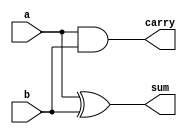
`timescale 1ns / 1ps
//////////////////////////////////////////////////////////////////////////////////
// Company: 
// Engineer: 
// 
// Design Name: 
// Module Name:    half_adder 
// Project Name: 
// Target Devices: 
// Tool versions: 
// Description: 
//
// Dependencies: 
//
// Revision: 
// Revision 0.01 - File Created
// Additional Comments: 
//
//////////////////////////////////////////////////////////////////////////////////
module half_adder(
    input a,
    input b,
    output sum,
    output carry
    );
	 xor  x1(sum,a,b);
	 and  a1(carry,a,b);
endmodule